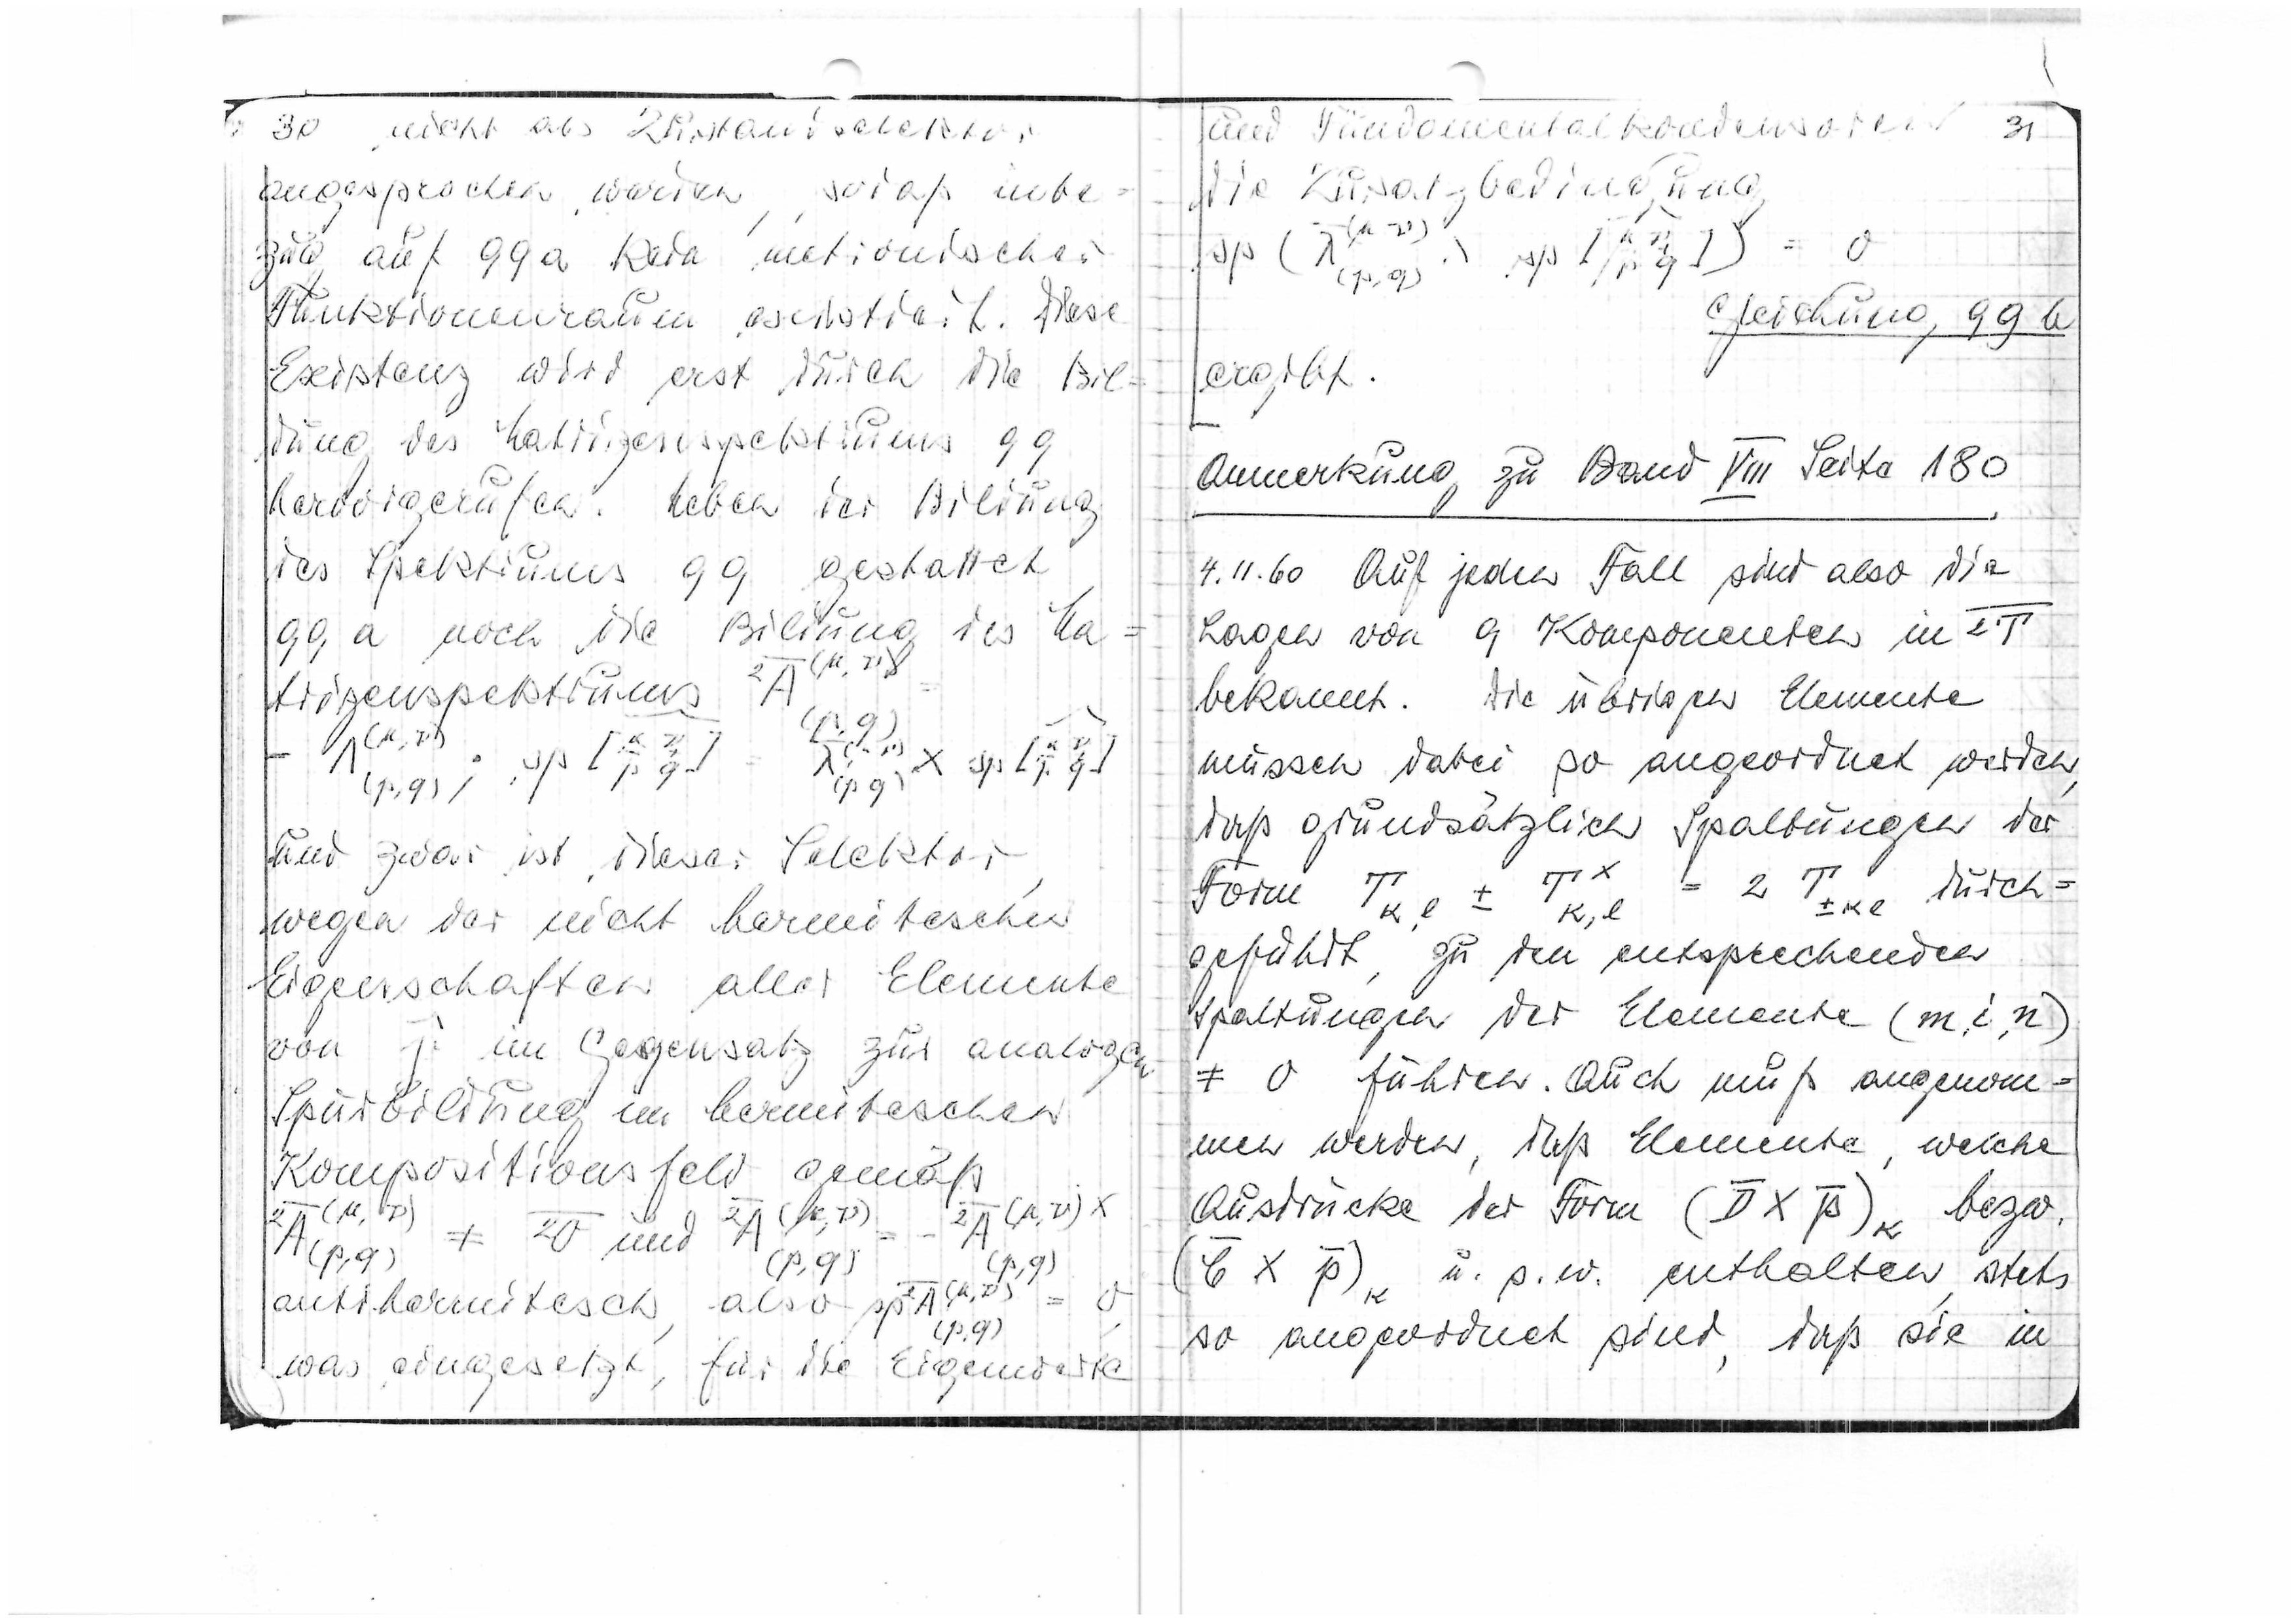
30 nicht als Zustandsselektor
angesprochen werden, sodaß inbe=
zug auf 99a kein metronischer
Funktionenraum existiert. Diese
Existenz wird erst durch die Bil
dung des Matrizenspektrums 99
hervorgerufen. Wegen der Bildung
des Spektrums 99
gestattet
99a nach die Bilding
des
Ma
trizenspektrums
und zwar ist dieser Selektor
wegen der nicht hermitischen
Eigenschaften aller Elemente
von y im Gegensatz zur analogen
Spurbilung im hermitischen
Kompositionsfeld gemäß
antihermitisch,
was eingesetzt für die Eigenwerte

und Fundamentalkondensoren 31
die Zusatzbedingung
Gleichung 99b
ergibt.
Anmerkung zu Band VIII Seite 180
4.11.60 Auf jeden Fall sind also die
Lagen von 9 Komponenten in 2T
bekannt. Die übrigen Elemente
müssen dabei so angeordnet werden,
daß grundsätzlich Spaltungen der
geführt, zu den entsprechenden
Spaltungen der Element (m,i,n)
führen. Auch muß angenom=
men werden, daß Elemente, welche
Ausdrücke der Form
bzw.
enthalten, stets
so angeordnet sind, daß sie i